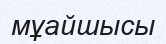
мұайшысы